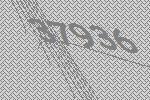
37936